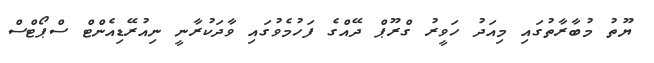
ޔޫތު މުބާރާތުގައި މިއަދު ހަވީރު ގްރޫޕް ދޭއްގެ ފަހުމެވުގައި ވާދަކުރާނީ ނިއުރޭޑިއެންޓް ސްޕޯޓްސް